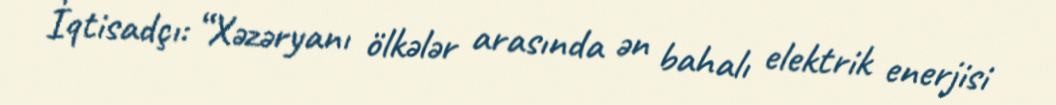
İqtisadçı: “Xəzəryanı ölkələr arasında ən bahalı elektrik enerjisi